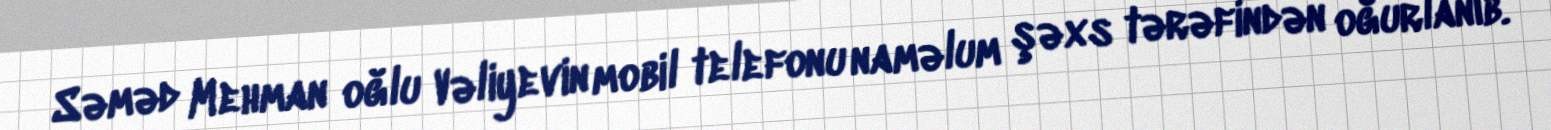
Səməd Mehman oğlu Vəliyevin mobil telefonu naməlum şəxs tərəfindən oğurlanıb.